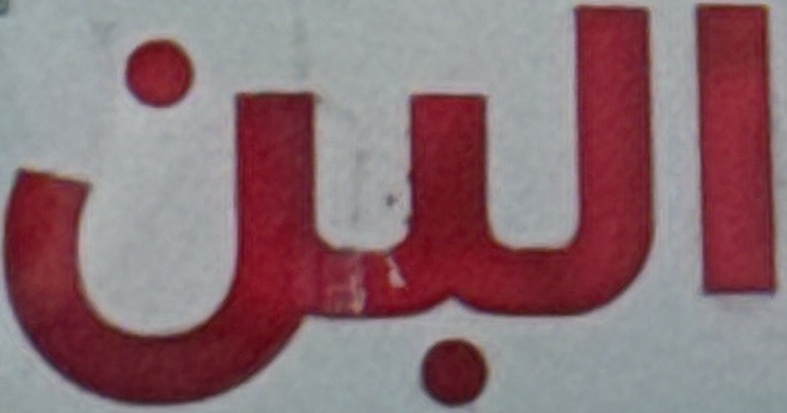
البن